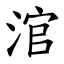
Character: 涫